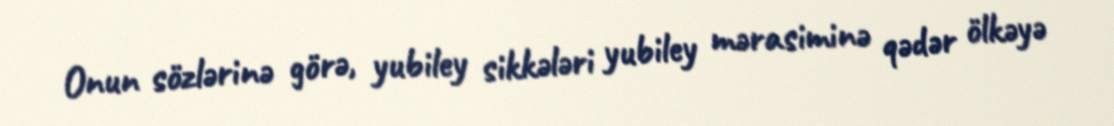
Onun sözlərinə görə, yubiley sikkələri yubiley mərasiminə qədər ölkəyə